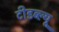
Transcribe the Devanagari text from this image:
टीडब्‍ल्‍यू